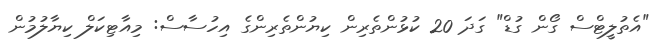
"އެތުލީޓްސް ގޯން ގުޑް" ގަދަ 20 ކުޅުންތެރިން ކިޔުންތެރިންގެ އިހުސާސް: މިއާޓިކަލް ކިޔާލުމުން